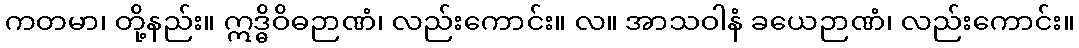
ကတမာ၊ တို့နည်း။ ဣဒ္ဓိဝိဓဉာဏံ၊ လည်းကောင်း။ လ။ အာသဝါနံ ခယေဉာဏံ၊ လည်းကောင်း။